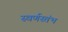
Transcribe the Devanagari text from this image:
स्वर्णस्तंभ